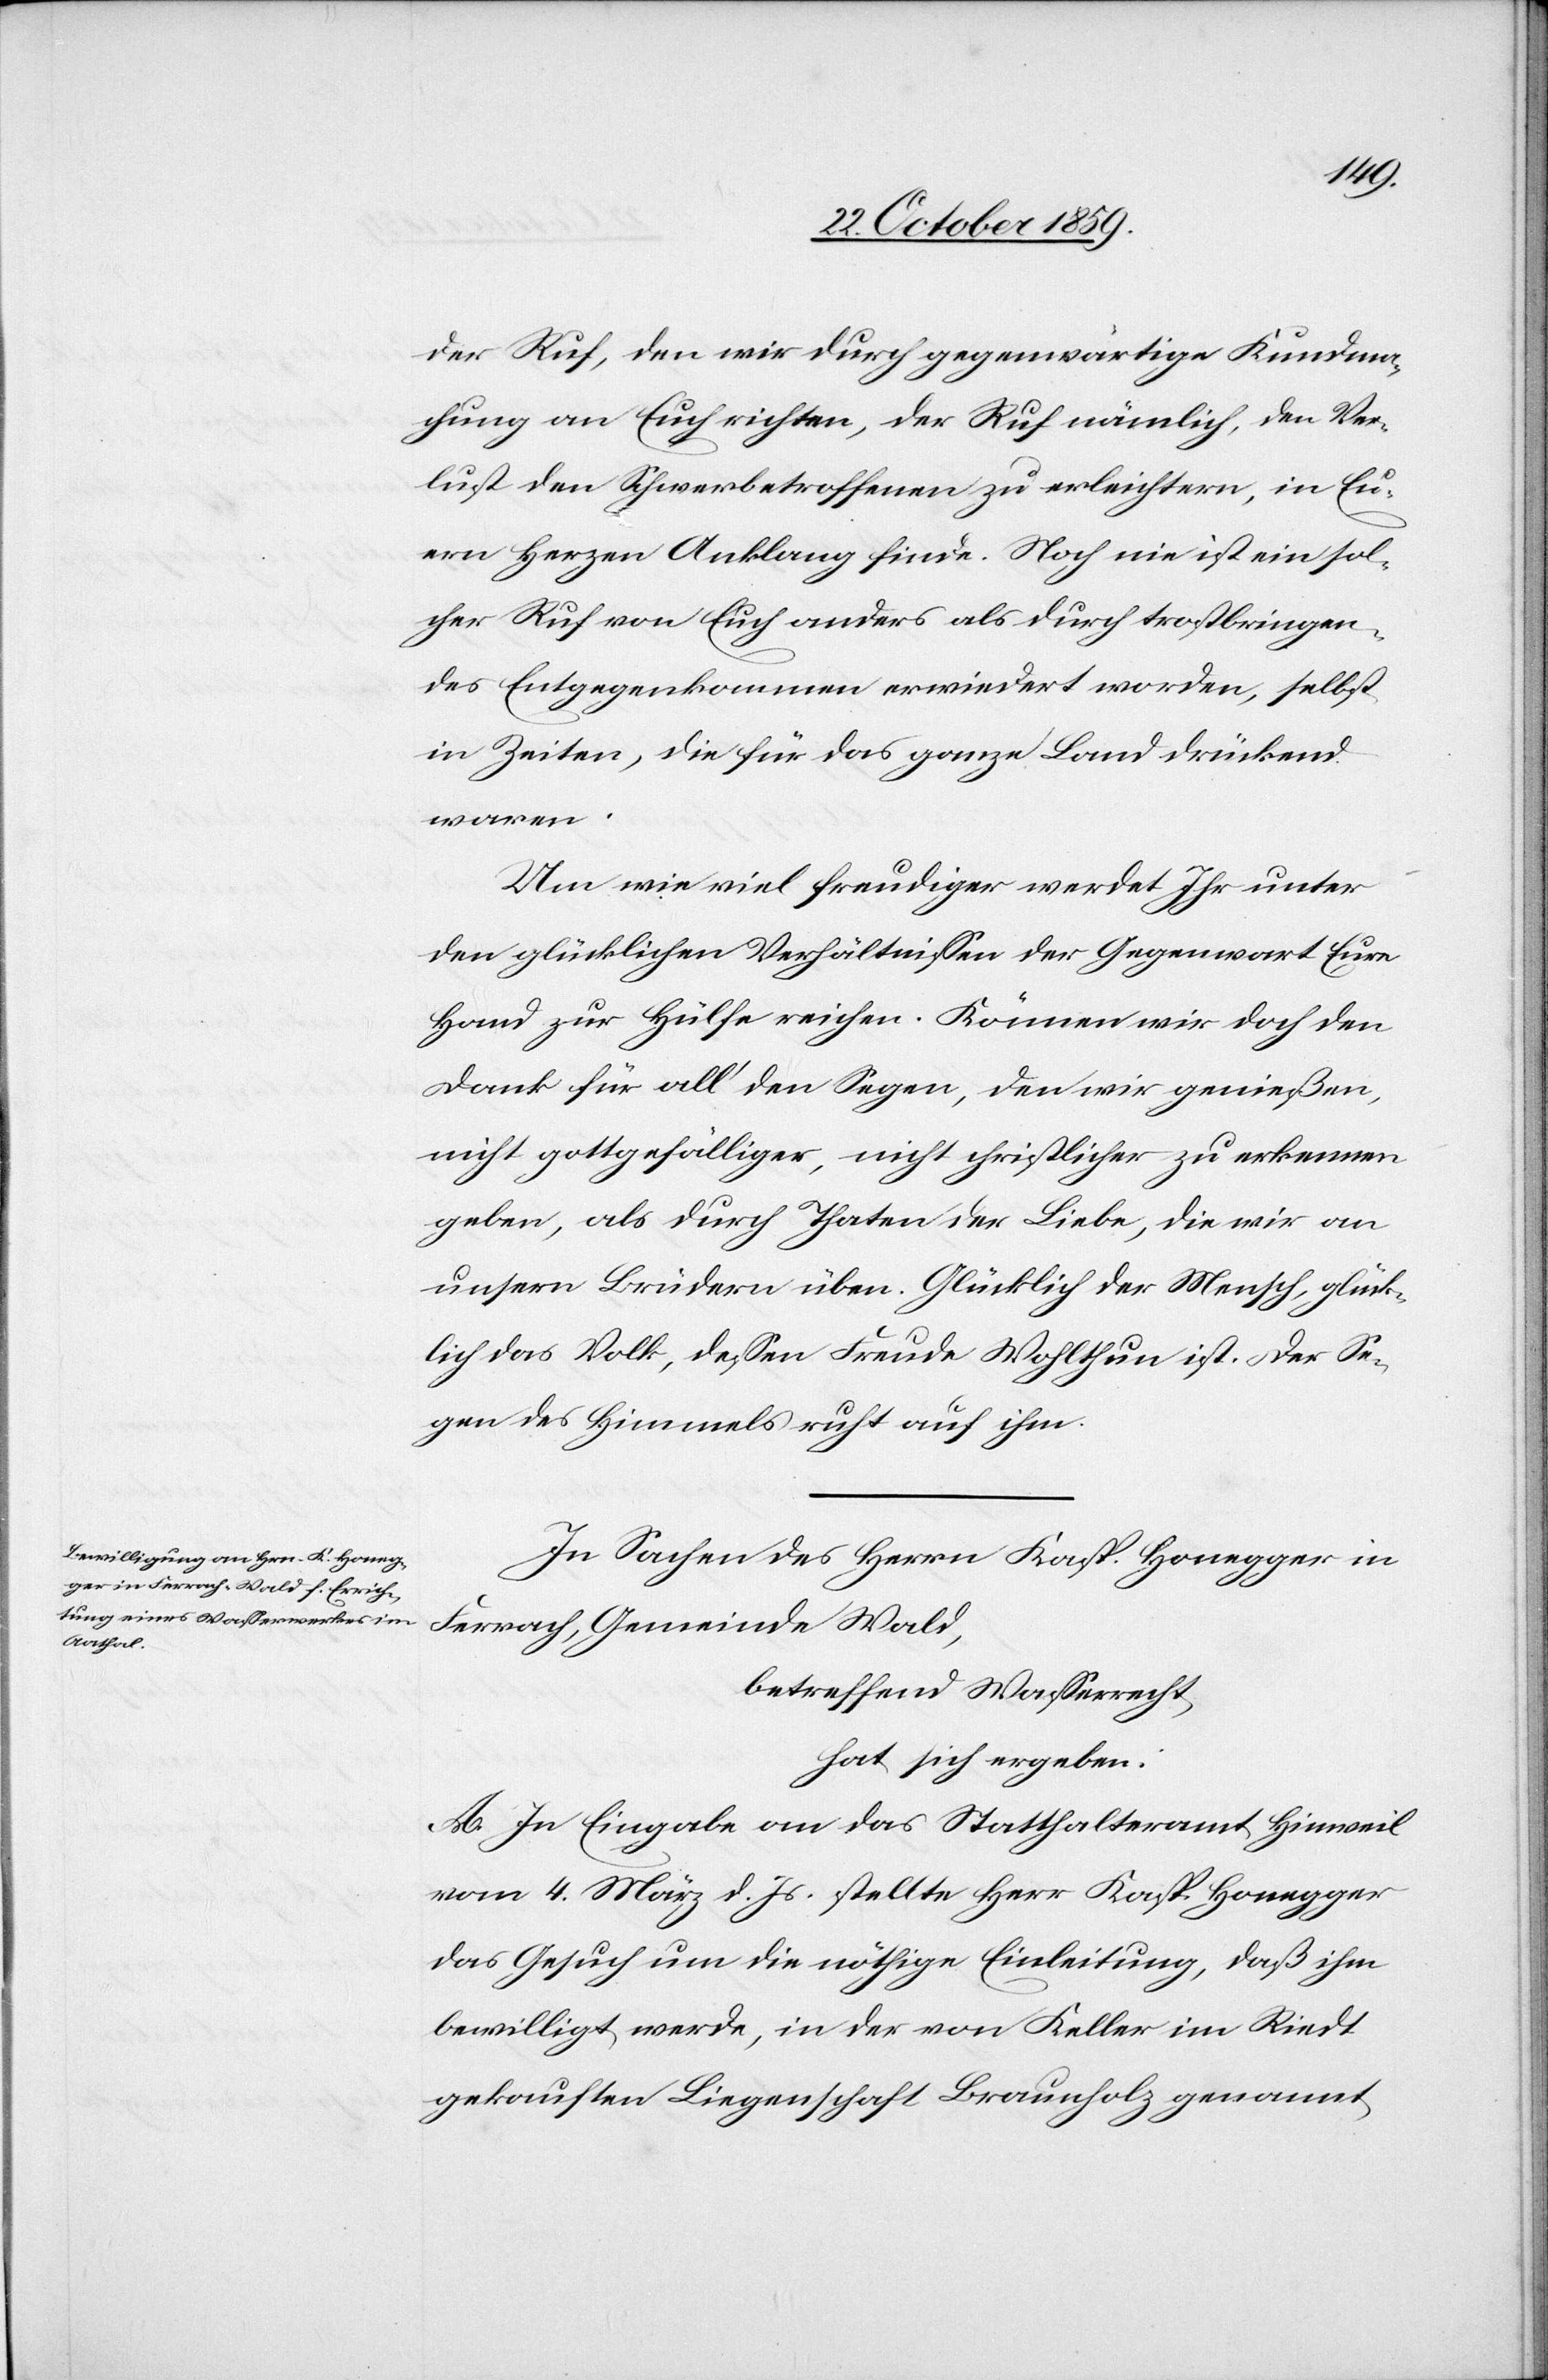
der Ruf, den wir durch gegenwärtige Kundma¬
chung an Euch richten, der Ruf nämlich, den Ver¬
lust den Schwerbetroffenen zu erleichtern, in Eu¬
ern Herzen Anklang finde. Noch nie ist ein sol¬
cher Ruf von Euch anders als durch trostbringen¬
des Entgegenkommen erwiedert worden, selbst
in Zeiten, die für das ganze Land drückend
waren.
Um wie viel freudiger werdet Ihr unter
den glücklichen Verhältnissen der Gegenwart Eure
Hand zur Hülfe reichen. Können wir doch den
Dank für all’ den Segen, den wir genießen,
nicht gottgefälliger, nicht christlicher zu erkennen
geben, als durch Thaten der Liebe, die wir an
unsern Brüdern üben. Glücklich der Mensch, glück¬
lich das Volk, dessen Freude Wohlthun ist. Der Se¬
gen des Himmels ruht auf ihm.
In Sachen des Herrn Kasp. Honegger in
Ferrach, Gemeinde Wald,
betreffend Wasserrecht,
hat sich ergeben:
A. In Eingabe an das Statthalteramt Hinweil
vom 4. März d. Js. stellte Herr Kasp. Honegger
das Gesuch um die nöthige Einleitung, daß ihm
bewilligt werde, in der von Keller im Riedt
gekauften Liegenschaft Braunholz genannt